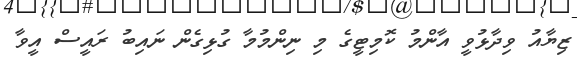
ޒިޔާއު ވިދާޅުވީ އާންމު ކޮމިޓީގެ މި ނިންމުމާ ގުޅިގެން ނައިބު ރައީސް އީވާ